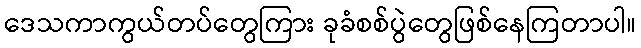
ဒေသကာကွယ်တပ်တွေကြား ခုခံစစ်ပွဲတွေဖြစ်နေကြတာပါ။